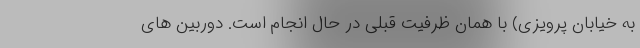
به خیابان پرویزی) با همان ظرفیت قبلی در حال انجام است. دوربین های